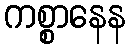
ကစ္စာနေန